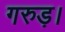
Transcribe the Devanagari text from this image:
गरुड़।